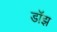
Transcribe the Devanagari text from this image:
डॉझ